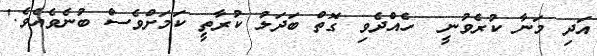
އަދި މަނާ ކުރެވުނީ  ހެއްދެވި ގޮތް ބަދަލު ކުރާތީ ކަމަށްވެސް ބުނެވެއެވެ.'